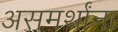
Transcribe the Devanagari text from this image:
असमर्थांना